Annual statistical returns and brief notes on vaccination in Bengal - 1887-1898
Year: 1887
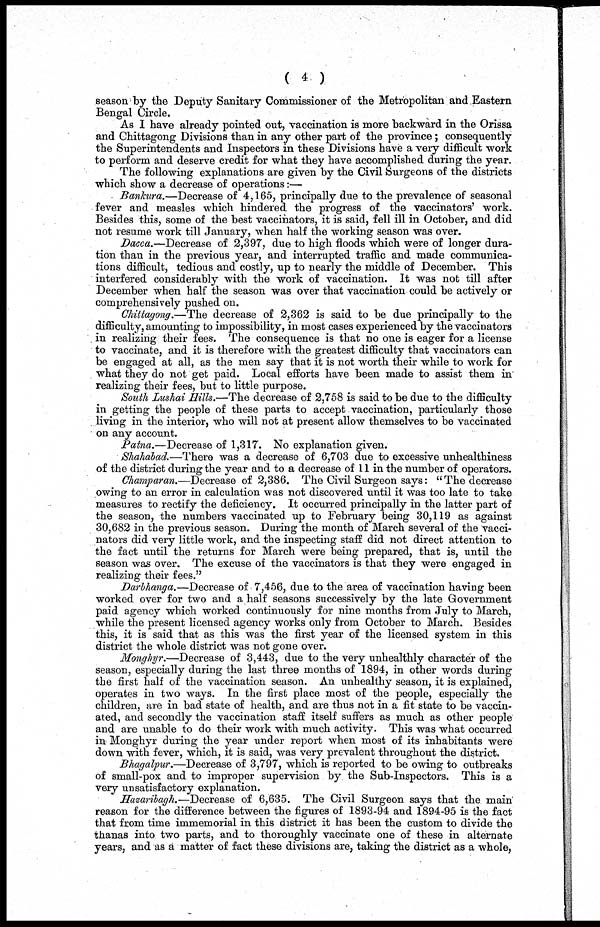
( 4 )
season by the Deputy Sanitary Commissioner of the Metropolitan and Eastern
Bengal Circle.
As I have already pointed out, vaccination is more backward in the Orissa
and Chittagong Divisions than in any other part of the province; consequently
the Superintendents and Inspectors in these Divisions have a very difficult work
to perform and deserve credit for what they have accomplished during the year.
The following explanations are given by the Civil Surgeons of the districts
which show a decrease of operations:—
Bankura.—Decrease of 4,165, principally due to the prevalence of seasonal
fever and measles which hindered the progress of the vaccinators' work.
Besides this, some of the best vaccinators, it is said, fell ill in October, and did
not resume work till January, when half the working season was over.
Dacca.—Decrease of 2,397, due to high floods which were of longer dura-
tion than in the previous year, and interrupted traffic and made communica-
tions difficult, tedious and costly, up to nearly the middle of December. This
interfered considerably with the work of vaccination. It was not till after
December when half the season was over that vaccination could be actively or
comprehensively pushed on.
Chittagong.—The decrease of 2,362 is said to be due principally to the
difficulty, amounting to impossibility, in most cases experienced by the vaccinators
in realizing their fees. The consequence is that no one is eager for a license
to vaccinate, and it is therefore with the greatest difficulty that vaccinators can
be engaged at all, as the men say that it is not worth their while to work for
what they do not get paid. Local efforts have been made to assist them in'
realizing their fees, but to little purpose.
South Lushai Hills.—The decrease of 2,758 is said to be due to the difficulty
in getting the people of these parts to accept vaccination, particularly those
living in the interior, who will not at present allow themselves to be vaccinated
on any account.
Patna.—Decrease of 1,317. No explanation given.
Shahabad.—There was a decrease of 6,703 due to excessive unhealthiness
of the district during the year and to a decrease of 11 in the number of operators.
Champaran.—Decrease of 2,386. The Civil Surgeon says: "The decrease
owing to an error in calculation was not discovered until it was too late to take
measures to rectify the deficiency. It occurred principally in the latter part of
the season, the numbers vaccinated up to February being 30,119 as against
30,682 in the previous season. During the month of March several of the vacci-
nators did very little work, and the inspecting staff did not direct attention to
the fact until the returns for March were being prepared, that is, until the
season was over. The excuse of the vaccinators is that they were engaged in
realizing their fees."
Darbhanga.—Decrease of 7,456, due to the area of vaccination having been
worked over for two and a half seasons successively by the late Government
paid agency which worked continuously for nine months from July to March,
while the present licensed agency works only from October to March. Besides
this, it is said that as this was the first year of the licensed system in this
district the whole district was not gone over.
Monghyr.—Decrease of 3,443, due to the very unhealthly character of the
season, especially during the last three months of 1894, in other words during
the first half of the vaccination season. An unhealthy season, it is explained,
operates in two ways. In the first place most of the people, especially the
children, are in bad state of health, and are thus not in a fit state to be vaccin-
ated, and secondly the vaccination staff: itself suffers as much as other people
and are unable to do their work with much activity. This was what occurred
in Monghyr during the year under report when most of its inhabitants were
down with fever, which, it is said, was very prevalent throughout the district.
Bhagalpur.—Decrease of 3,797, which is reported to be owing to outbreaks
of small-pox and to improper supervision by the Sub-Inspectors. This is a
very unsatisfactory explanation.
Hazaribagh.—Decrease of 6,635. The Civil Surgeon says that the main
reason for the difference between the figures of 1893-94 and 1894-95 is the fact
that from time immemorial in this district it has been the custom to divide the
thanas into two parts, and to thoroughly vaccinate one of these in alternate
years, and as a matter of fact these divisions are, taking the district as a whole,